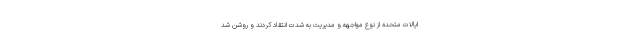
ایالات متحده از نوع مواجهه و مدیریت به شدت انتقاد کردند و روشن شد